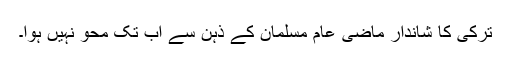
ترکی کا شاندار ماضی عام مسلمان کے ذہن سے اب تک محو نہیں ہوا۔